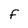
Character: f